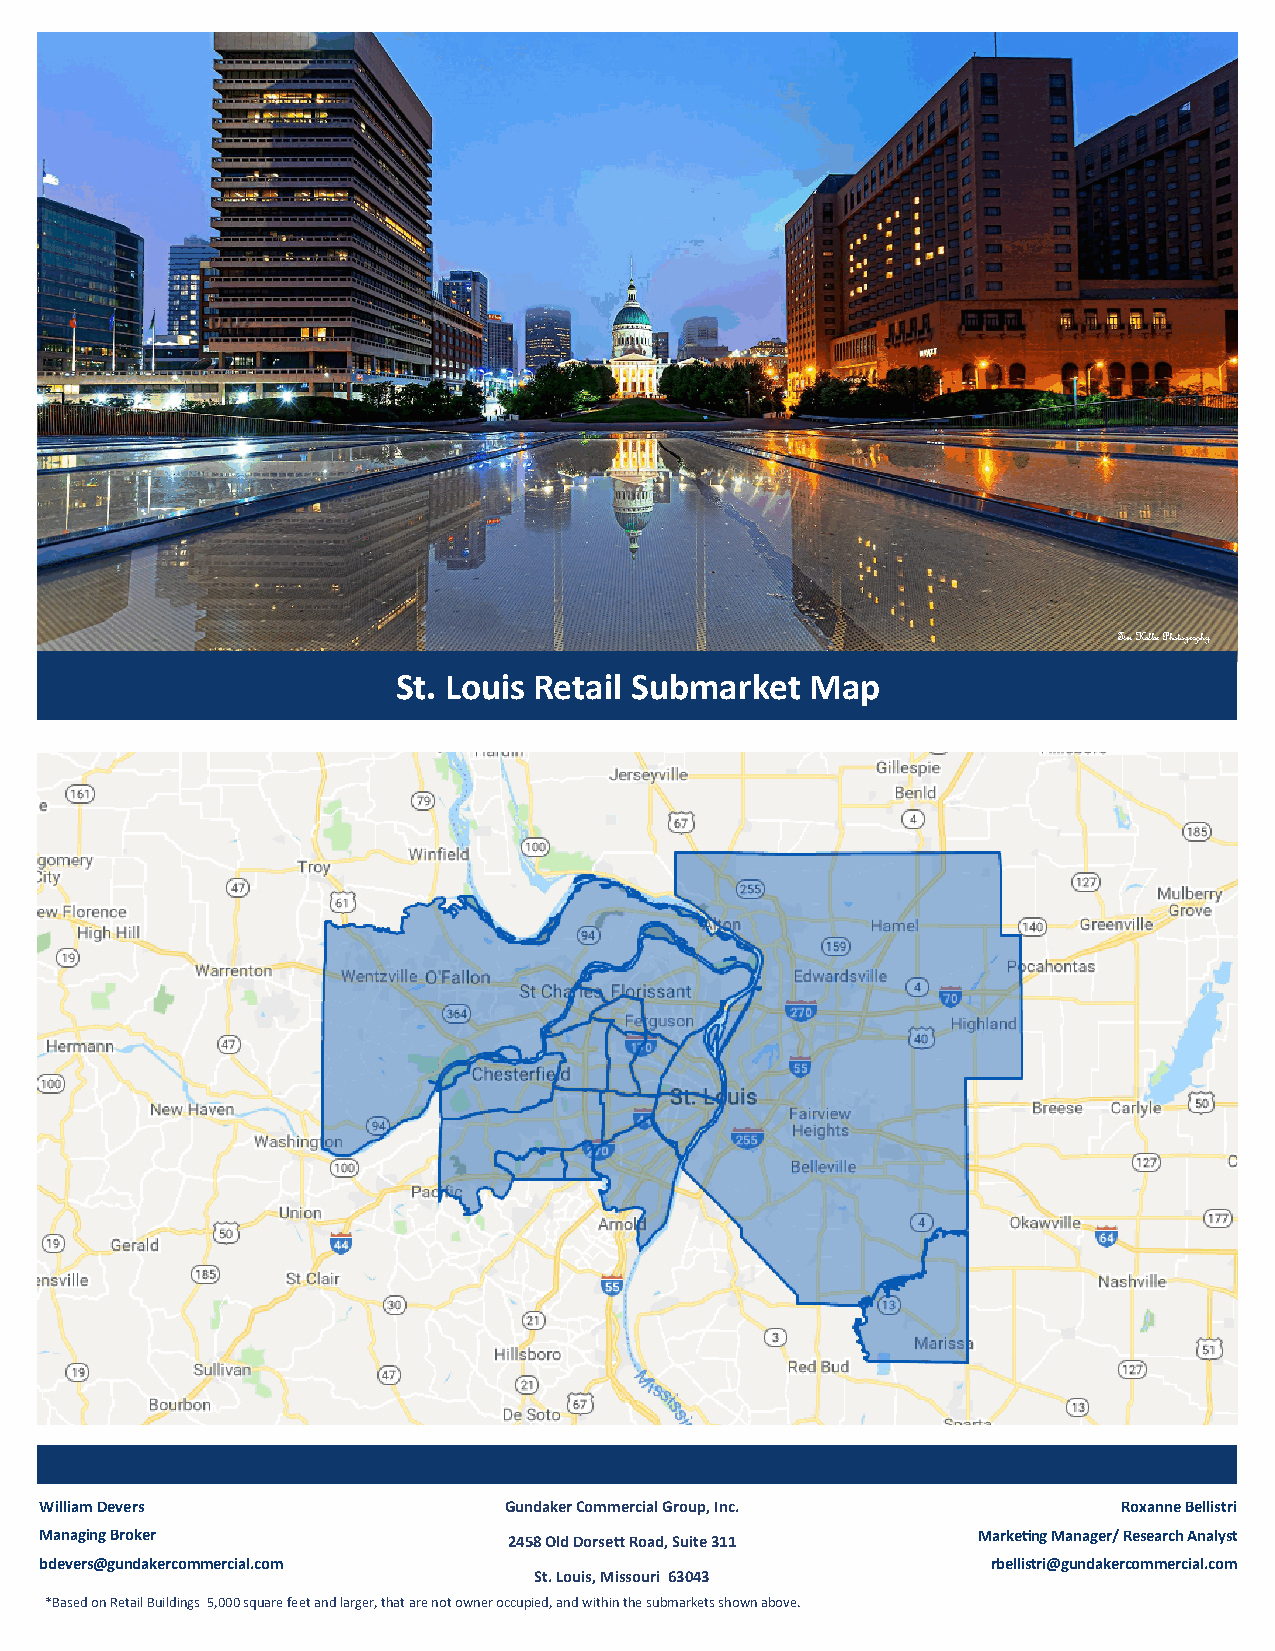
Tim Keller Photography
 St. Louis Retail Submarket  Map
 William Devers                Gundaker Commercial Group, Inc.          Roxanne Bellistri
 Managing Broker                2458 Old Dorsett Road, Suite 311 Marketing Manager/ Research Analyst
 bdevers@gundakercommercial.com                                 rbellistri@gundakercommercial.com
 St. Louis, Missouri 63043
 *Based on Retail Buildings 5,000 square feet and larger, that are not owner occupied, and within the submarkets shown above.